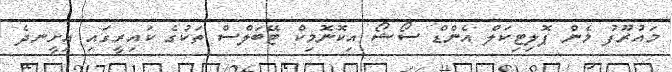
މައުރޫފު މެން ޕޮލިޓިކަލް އެންޑް ސޯޝޯ އިކޮނޮމިކް ޓޭބަލްސް ތަކުގެ ކައިރީގައި އިށީނދެ